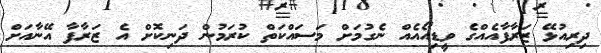
ދިރިއުޅޭ ޒަރާފާއެއްގެ ވީޑިއޯއެއް ނެގުމަށް މަސައްކަތް ކުރަމުން ދަނިކޮށް އެ ޒަރާފާ އޭނާއަށް